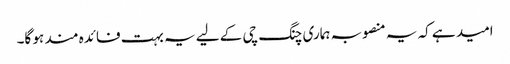
امید ہے کہ یہ منصوبہ ہماری چنگ چی کے لیے یہ بہت فائدہ مند ہو گا۔